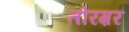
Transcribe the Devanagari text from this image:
तोरग़र